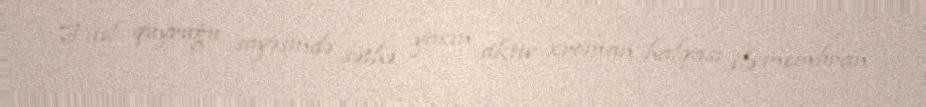
Fitil quyruğu sayəsində səthə yaxın aktiv xroman halqası ilə membran